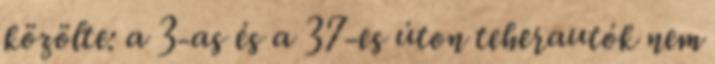
közölte: a 3-as és a 37-es úton teherautók nem